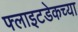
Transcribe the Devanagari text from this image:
फ्लाइटडेकच्या